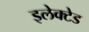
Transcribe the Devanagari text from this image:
इलेक्टेड